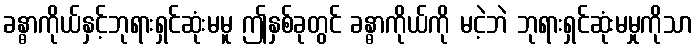
ခန္ဓာကိုယ်နှင့်ဘုရားရှင်ဆုံးမမူ ဤနှစ်ခုတွင် ခန္ဓာကိုယ်ကို မငဲ့ဘဲ ဘုရားရှင်ဆုံးမမှုကိုသာ